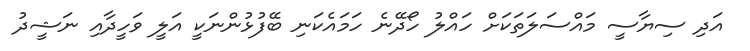
އަދި ސިޔާސީ މައްސަލަތަކަށް ހައްލު ހޯދޭނެ ހަމައެކަނި ބޭފުޅުންނަކީ އަލީ ވަހީދާއި ނަޝީދު